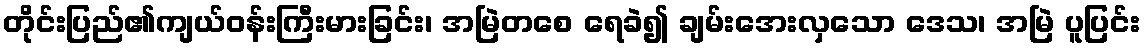
တိုင်းပြည်၏ကျယ်ဝန်းကြီးမားခြင်း၊ အမြဲတစေ ရေခဲ၍ ချမ်းအေးလှသော ဒေသ၊ အမြဲ ပူပြင်း